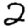
Digit: 2